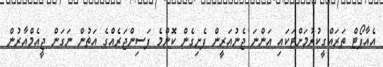
އެއާޕޯޓް ތަރައްގީކުރުމަށްޓަކައި އަންނަ ޖެނުއަރީން ފެށިގެން ކޮންމެ ފަސިންޖަރެއްގެ އަތުން ނަގަން ޖީއެމްއާރުން